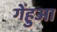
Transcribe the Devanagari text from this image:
गेंहुआ